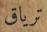
ترياق